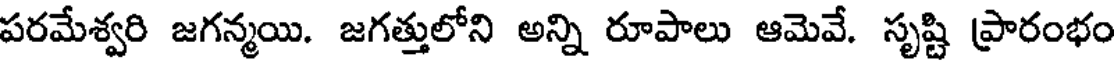
పరమేశ్వరి జగన్మయి. జగత్తులోని అన్ని రూపాలు ఆమెవే. సృష్టి ప్రారంభం